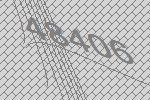
48406